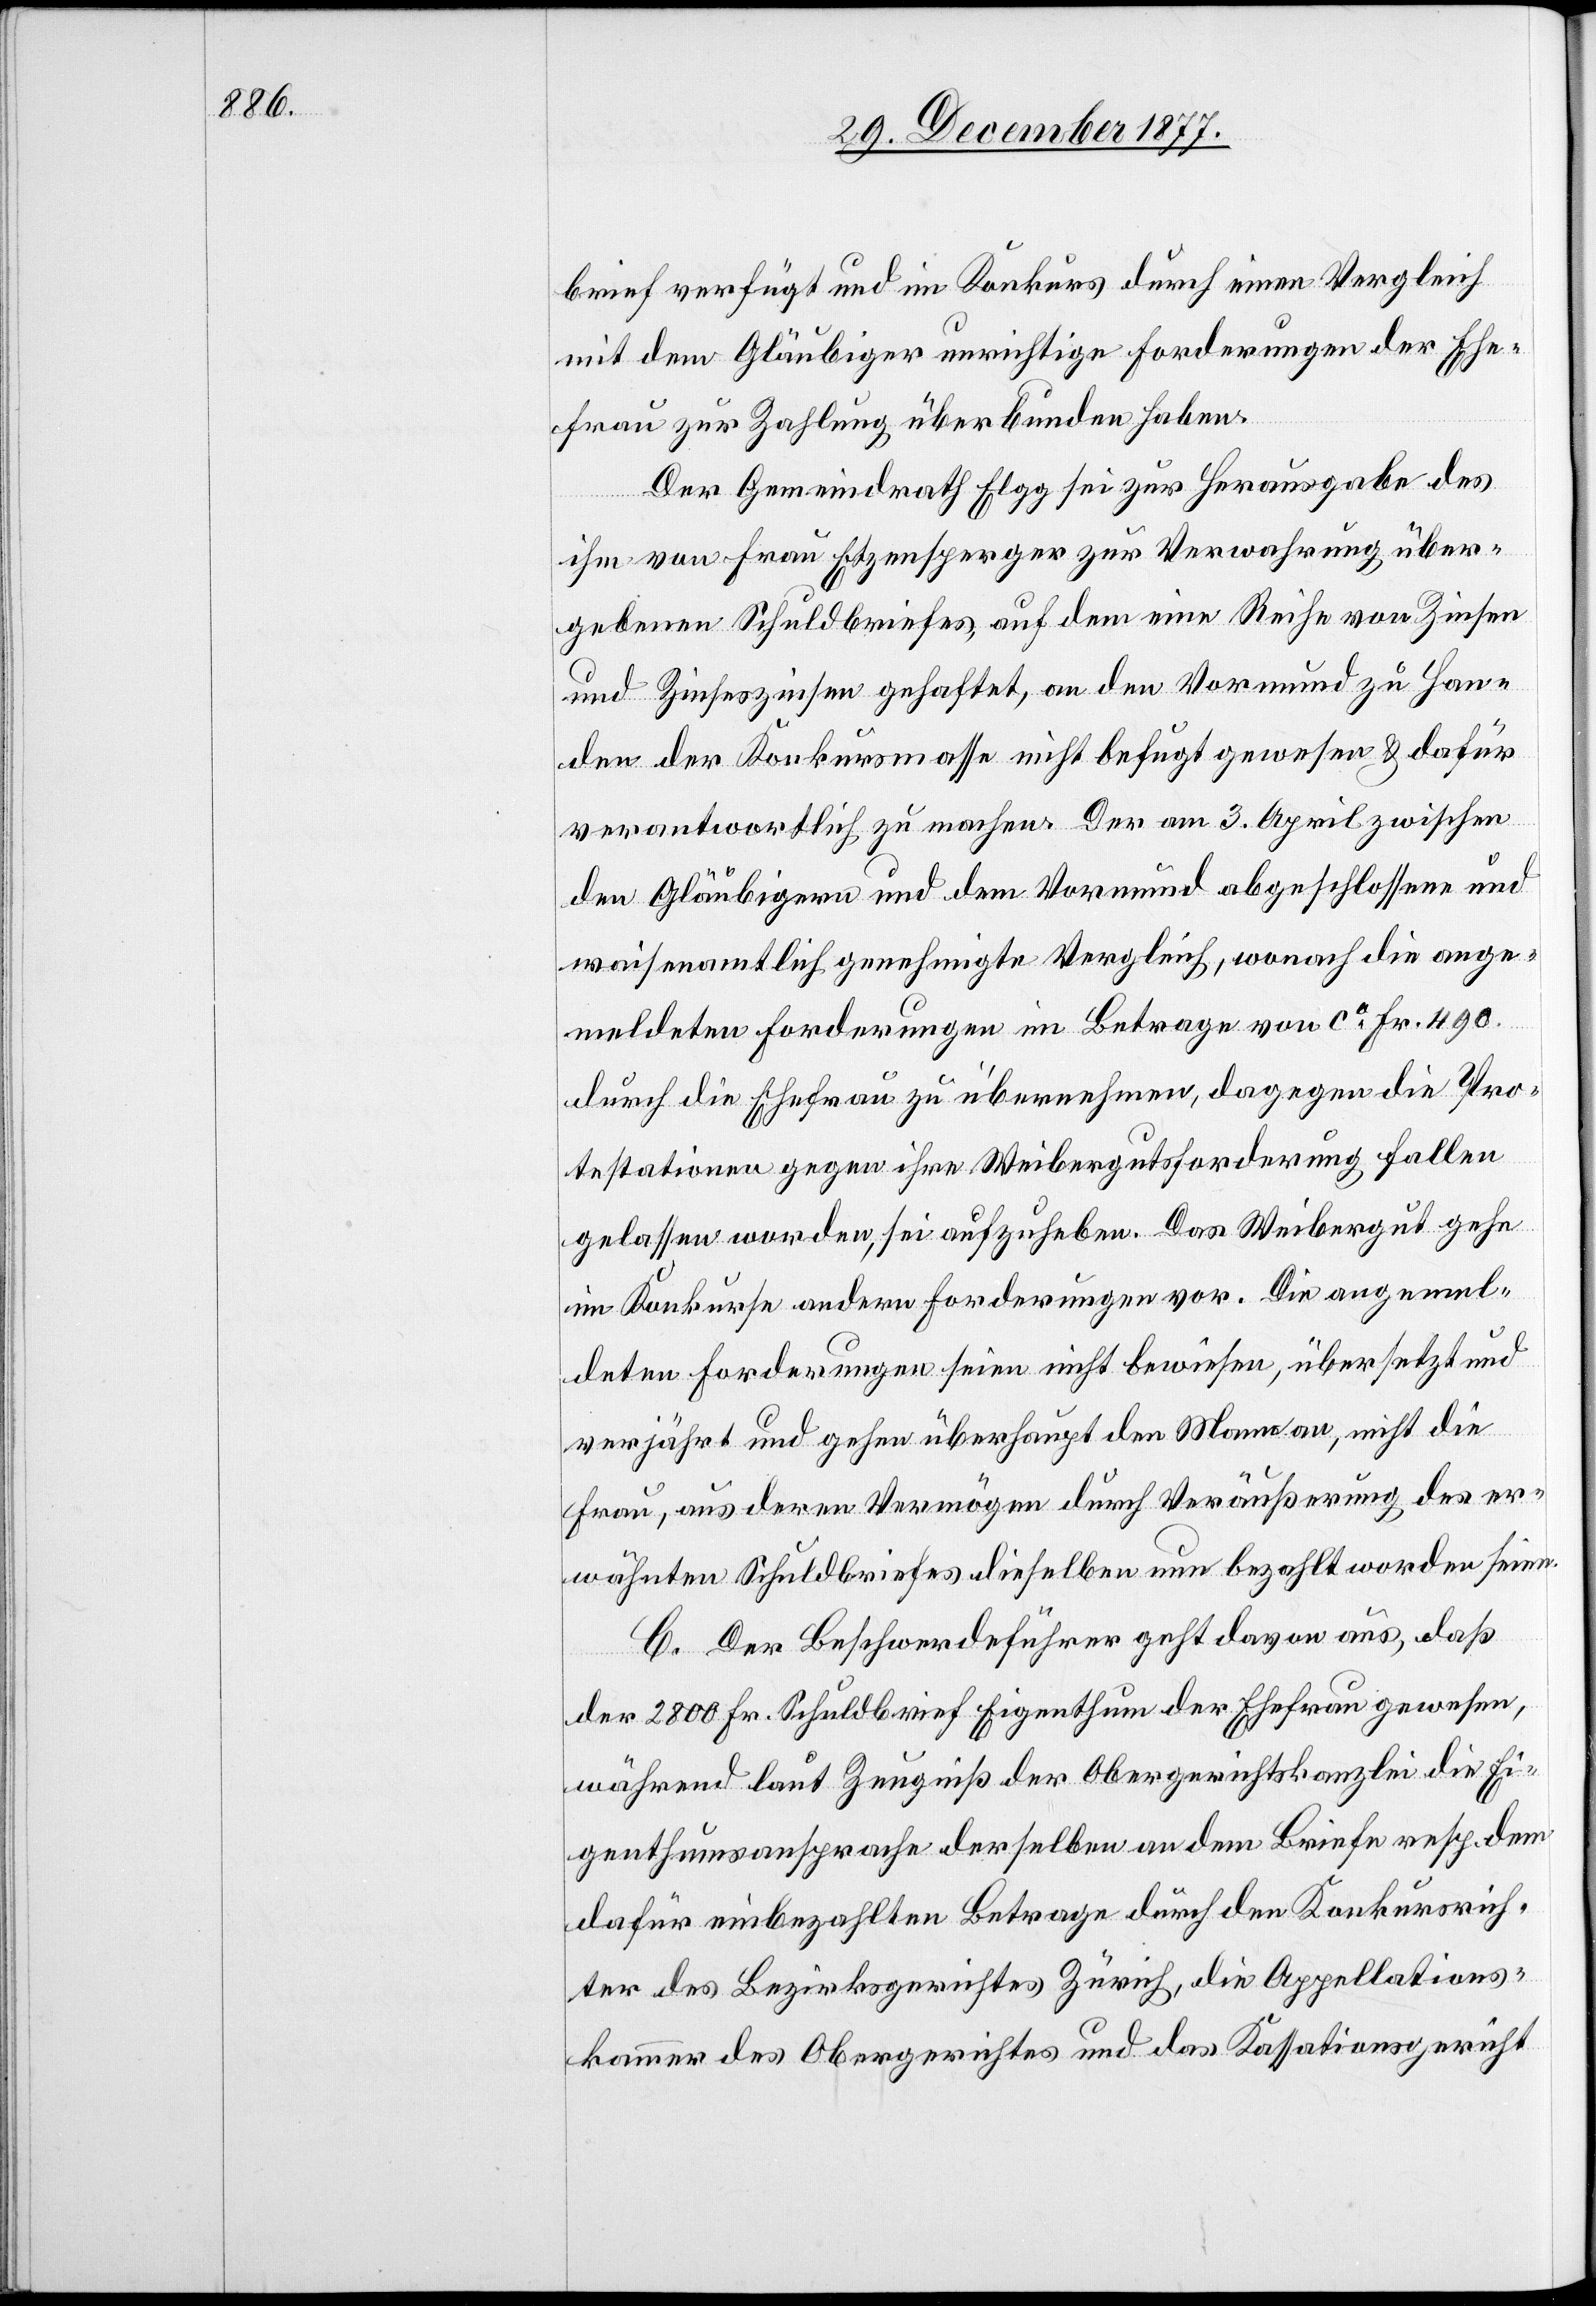
brief verfügt und im Konkurs durch einen Vergleich
mit dem Gläubiger unrichtige Forderungen der Ehe¬
frau zur Zahlung überbunden haben.
Der Gemeindrath Elgg sei zur Herausgabe des
ihm von Frau Etzensperger zur Verwahrung über¬
gebenen Schuldbriefes, auf dem eine Reihe von Zinsen
und Zinseszinsen gehaftet, an den Vormund zu Han¬
den der Konkursmasse nicht befugt gewesen & dafür
verantwortlich zu machen. Der am 3. April zwischen
den Gläubigern und dem Vormund abgeschlossene und
waisenamtlich genehmigte Vergleich, wonach die ange¬
meldeten Forderungen im Betrage von ca Fr. 490.
durch die Ehefrau zu übernehmen, dagegen die Pro¬
testationen gegen ihre Weibergutsforderung fallen
gelassen worden, sei aufzuheben. Das Weibergut gehe
im Konkurse andern Forderungen vor. Die angemel¬
deten Forderungen seien nicht bewiesen, übersetzt und
verjährt und gehen überhaupt den Mann an, nicht die
Frau, aus deren Vermögen durch Veräußerung des er¬
wähnten Schuldbriefes dieselben nun bezahlt worden seien.
C. Der Beschwerdeführer geht davon aus, daß
der 2800 Fr. Schuldbrief Eigenthum der Ehefrau gewesen,
während laut Zeugniß der Obergerichtskanzlei die Ei¬
genthumsansprache derselben an dem Briefe resp. dem
dafür einbezahlten Betrage durch den Konkursrich¬
ter des Bezirksgerichtes Zürich, die Appellations¬
kammer des Obergerichtes und das Kassationsgericht